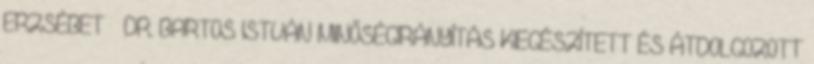
ERZSÉBET – DR. BARTOS ISTVÁN MINŐSÉGIRÁNYÍTÁS KIEGÉSZÍTETT ÉS ÁTDOLGOZOTT